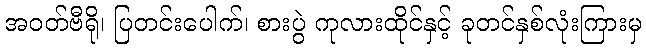
အဝတ်ဗီရို၊ ပြတင်းပေါက်၊ စားပွဲ ကုလားထိုင်နှင့် ခုတင်နှစ်လုံးကြားမှ